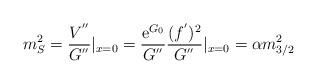
LaTeX: \begin{align*}m_{S}^{2} = \frac{V^{''}}{G^{''}}|_{x = 0} =\frac{\mathrm{e}^{G_{0}}}{G^{''}}\frac{(f^{'})^{2}}{G^{''}}|_{x=0} = \alpha m_{3/2}^{2}\end{align*}